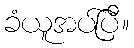
ခံယူအပ်ပြီ။